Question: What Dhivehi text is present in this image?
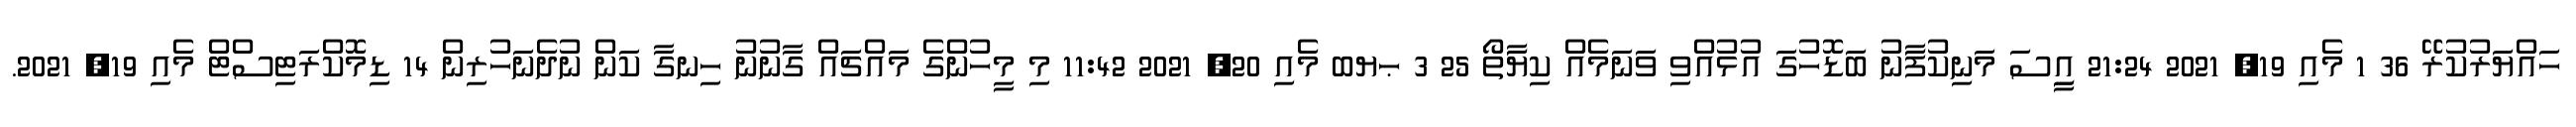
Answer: ހައްޔަރުކުރޭ 36 1 މެއި 19, 2021 21:24 އިީސަ މަނިކުފަާނު ބަޑޮހުގަ އުޅުއްވި ވަނަމެއް ކިޔަާތޯ 25 3 ޙޔބ މެއި 20, 2021 11:42 މި މީހުންގެ މައްޗައް ގާނުނު ހިނގާ ކަން ނުދެނަހުރިން 14 ޑިމޮކްރަޓިސްޓް މެއި 19, 2021.